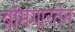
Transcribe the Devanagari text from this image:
बॉमगारतेन